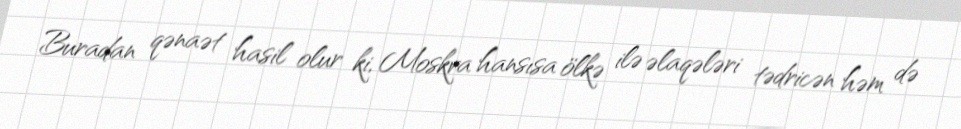
Buradan qənaət hasil olur ki, Moskva hansısa ölkə ilə əlaqələri tədricən həm də